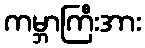
ကမ္ဘာကြီးအား